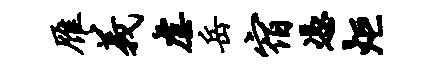
雁义虐岳宿凭炬